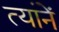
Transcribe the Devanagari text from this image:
त्यांनें